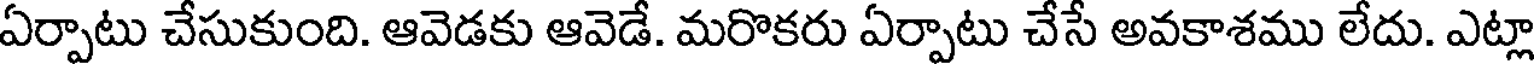
ఏర్పాటు చేసుకుంది. ఆవెడకు ఆవెడే. మరొకరు ఏర్పాటు చేసే అవకాశము లేదు. ఎట్లా